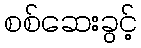
စစ်ဆေးခွင့်